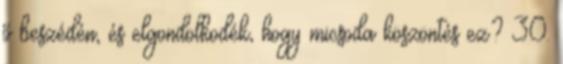
ő beszédén, és elgondolkodék, hogy micsoda köszöntés ez? 30.